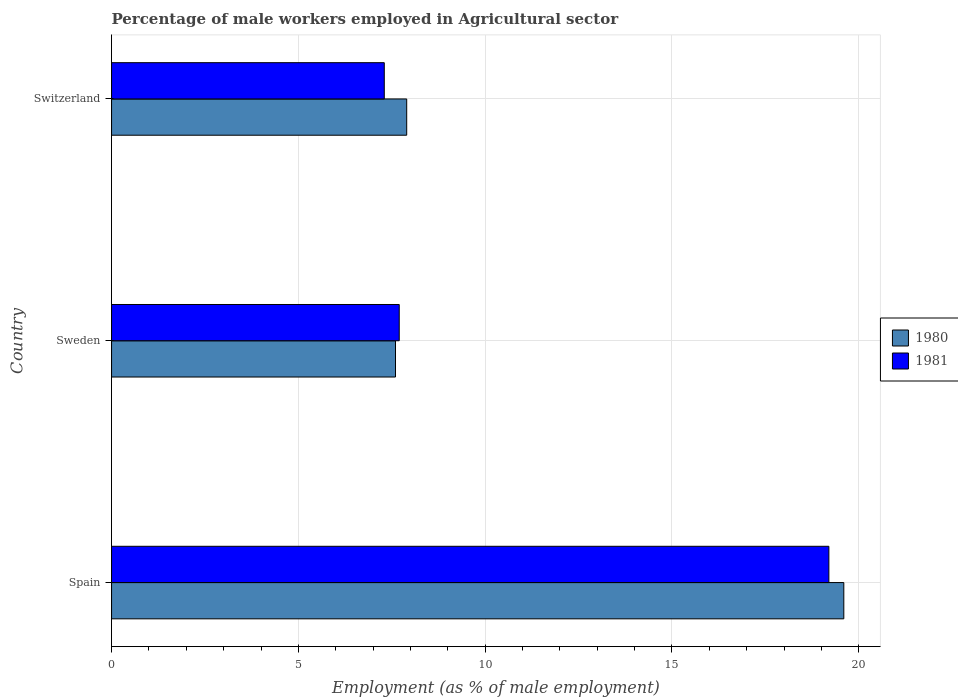
| Country | 1980 | 1981 |
 | --- | --- | --- |
 | Spain | 19.6 | 19.2 |
 | Sweden | 7.6 | 7.7 |
 | Switzerland | 7.9 | 7.3 |